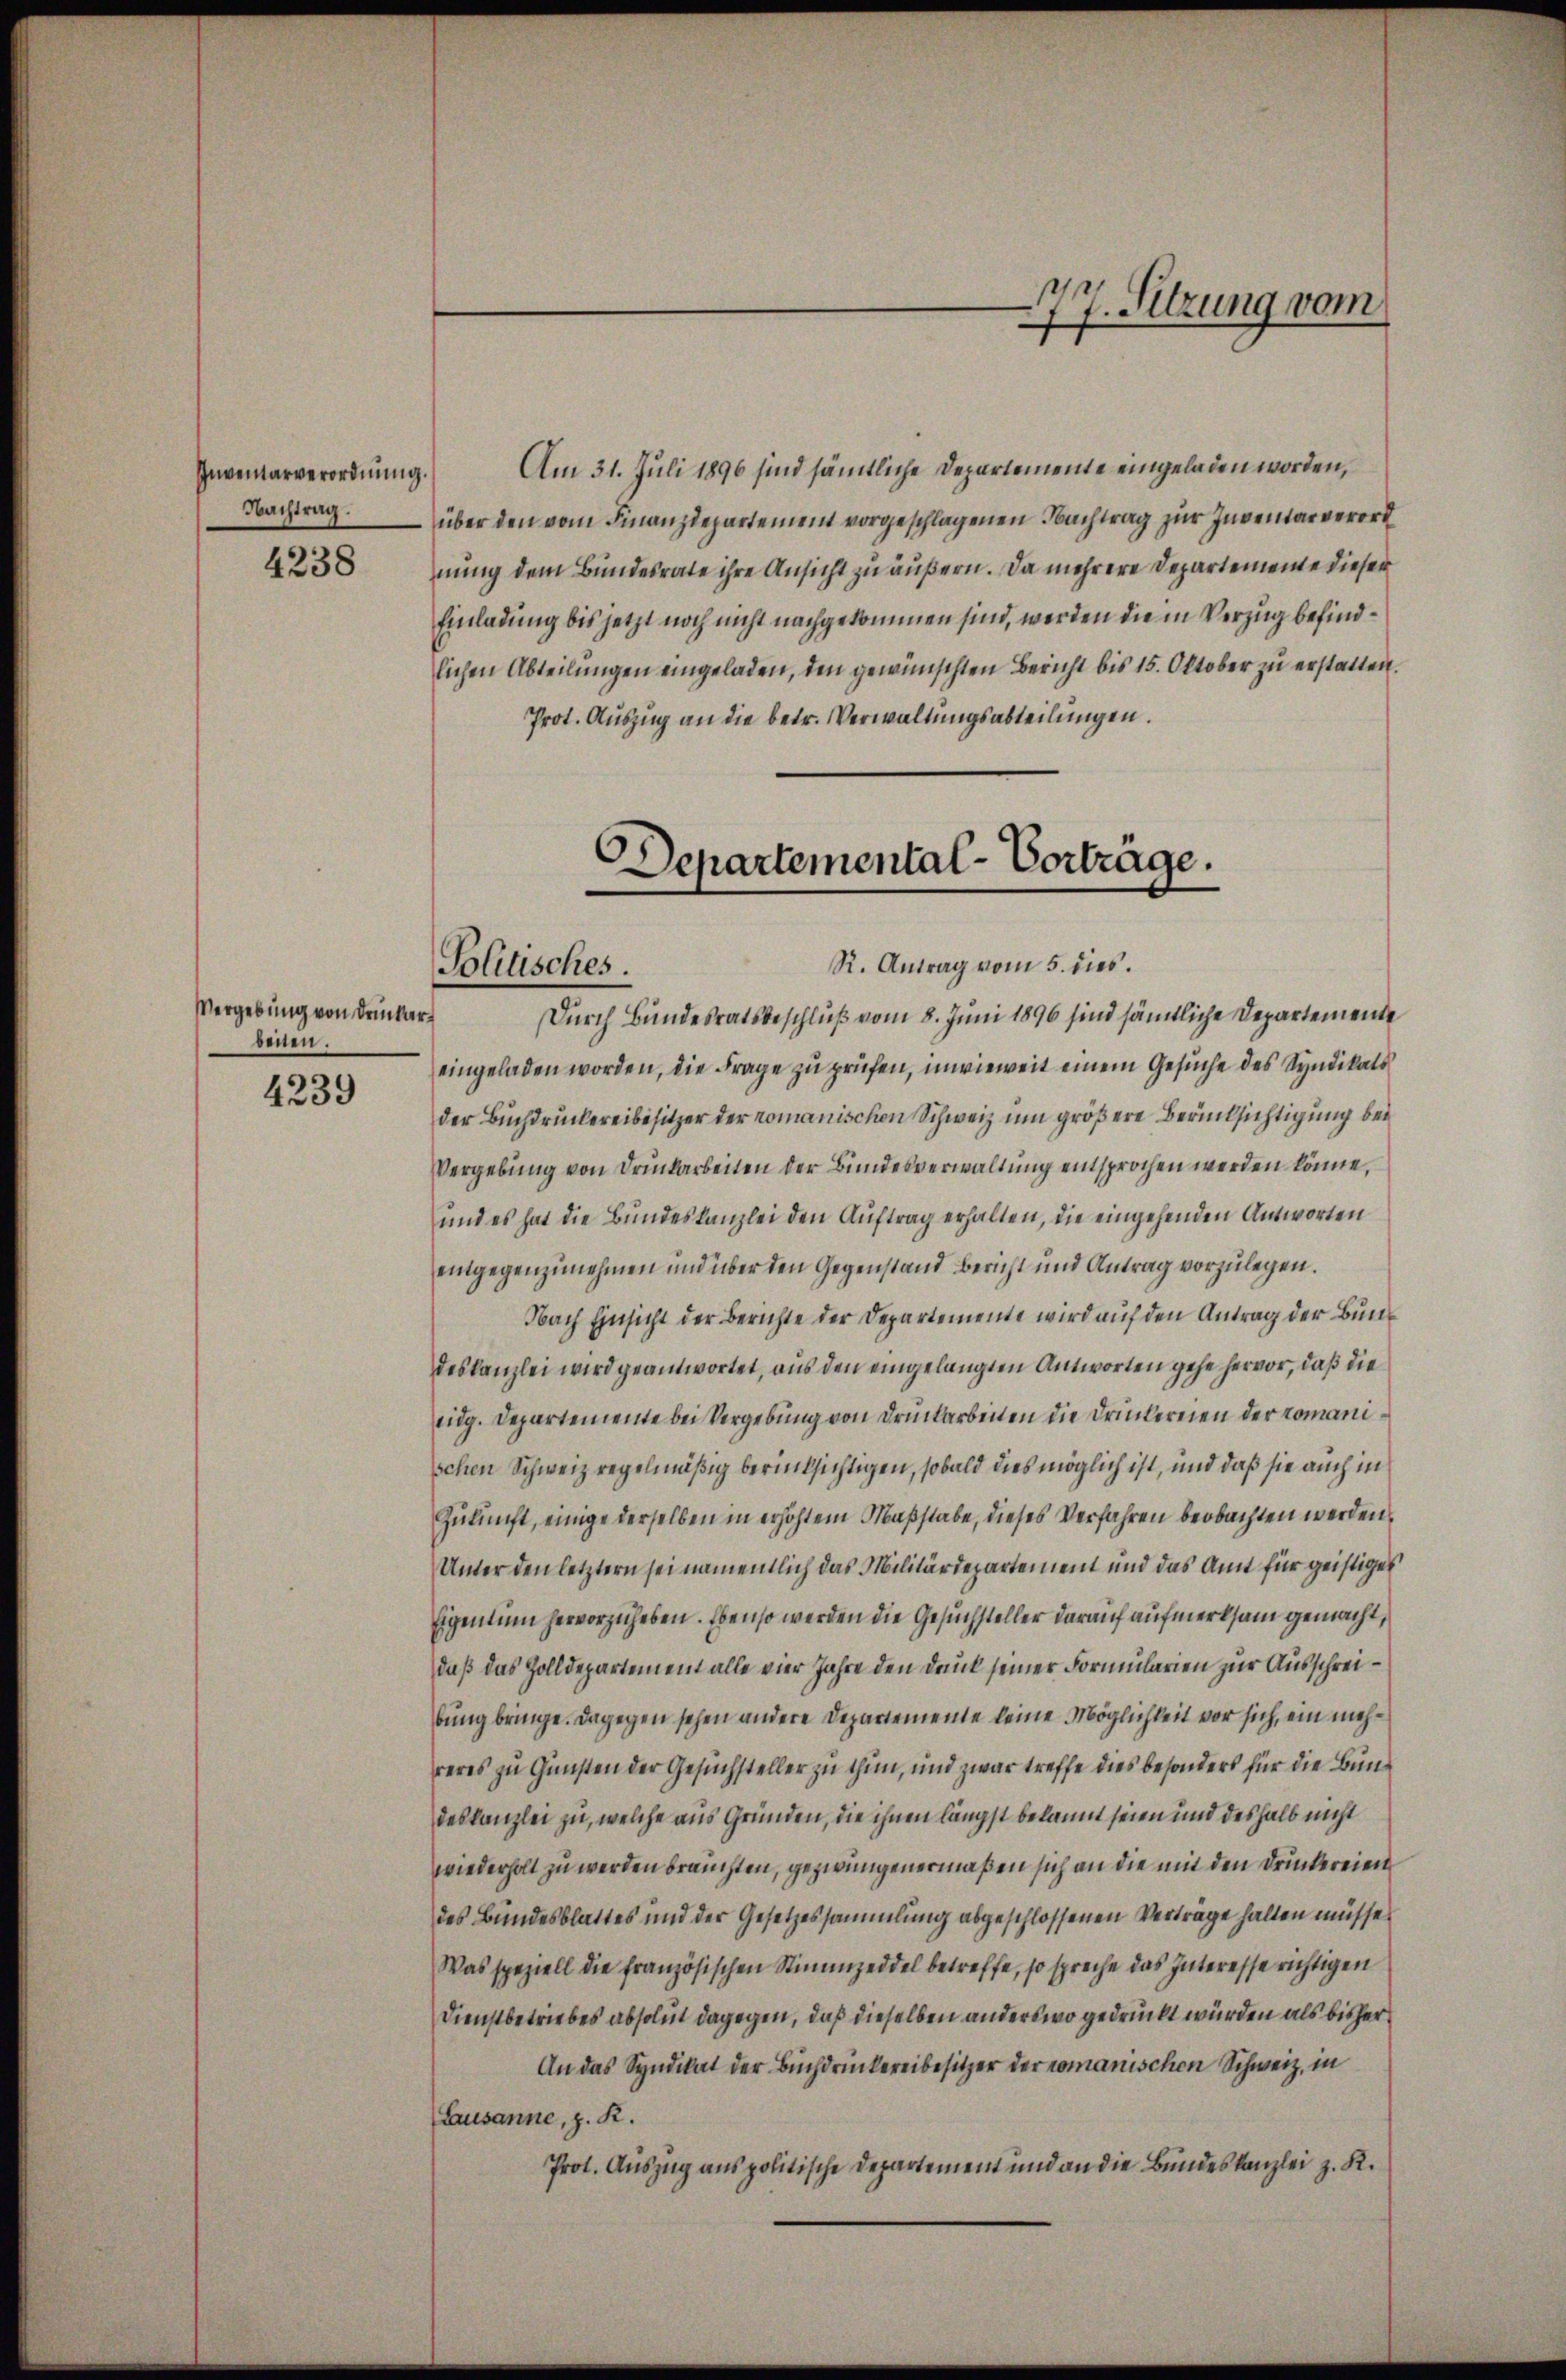
Inventarverordnung.
Nachtrag.

4238

Vergebung von Druckerbeiten

4239

Am 31. Juli 1896 sind sämmtliche Departemente eingeladen worden,
über den vom Finanzdepartement vorgeschlagenen Nachtrag zur Inventarverordnung dem Bundesrate ihre Ansicht zu äußern. Da mehrere Departemente dieser
Einladung bis jetzt noch nicht nachgekommen sind, werden die in Verzug befindlichen Abteilungen eingeladen, den gewünschten Bericht bis 15. Oktober zu erstatten.
Prot. Auszug an die betr. Verwaltungsabteilungen.

Departemental-Vortrage.
R. Antrag vom 5. dies.
Politisches.

77. Sitzung vom

Durch Bundesratsbeschluß vom 8. Juni 1896 sind sämmtliche Departemente
eingeladen worden, die Frage zu prüfen, inwieweit einem Gesuche des Syndikats
der Buchdruckereibesitzer der romanischen Schweiz um größere Berücksichtigung bei
Vergebung von Druckarbeiten der Bundesverwaltung entsprochen werden könne,
und es hat die Bundeskanzlei den Auftrag erhalten, die eingehenden Antworten
eingegenzunehmen und über den Gegenstand Bericht und Antrag vorzulegen.
Nach Einsicht der Berichte der Departemente wird auf den Antrag der Bundeskanzlei wird geantwortet, aus den eingelangten Antworten gehe hervor, daß die
eidg. Departemente bei Vergebung von Druckarbeiten die Druckereien der romanischen Schweiz regelmäßig berücksichtigen, sobald dies möglich ist, und daß sie auch in
Zukunft, einige derselben in erhöhtem Maßstabe, dieses Verfahren beobachten werden,
Unter den letztern sei namentlich das Militärdepartement und das Amt für geistiges
Eigentum hervorzuheben. Ebenso werden die Gesuchsteller darauf aufmerksam gemacht,
daß das Zolldepartement alle vier Jahre den Druck seiner Formularien zur Ausschreibung bringe. Dagegen sehen andere Departemente keine Möglichkeit vor sich, ein mehreres zu Gunsten der Gesuchsteller zu thun, und zwar treffe dies besonders für die Bundeskanzlei zu, welche aus Gründen, die ihnen längst belaumt seien und deshalb nicht
wiederholt zu werden brauchten, gezwungenermaßen sich an die mit den Druckereien
des Bundesblattes und der Gesetzessammlung abgeschlossenen Vertrage halten müsse,
Was speziell die französischen Stimmzeddel betreffe, so spreche das Interesse richtigen
Dienstbetriebes absolut dagegen, daß dieselben anderswo gedruckt würden als bisher
An das Syndikat der Buchdruckereibesitzer der romanischen Schweiz, in
(Lausanne, z. R.
Prot. Auszug aus politische Departement und an die Bundeskanzlei z. R.